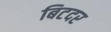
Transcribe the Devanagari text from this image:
बिटदर